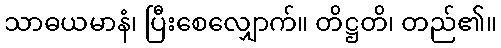
သာဓယမာနံ၊ ပြီးစေလျှောက်။ တိဋ္ဌတိ၊ တည်၏။